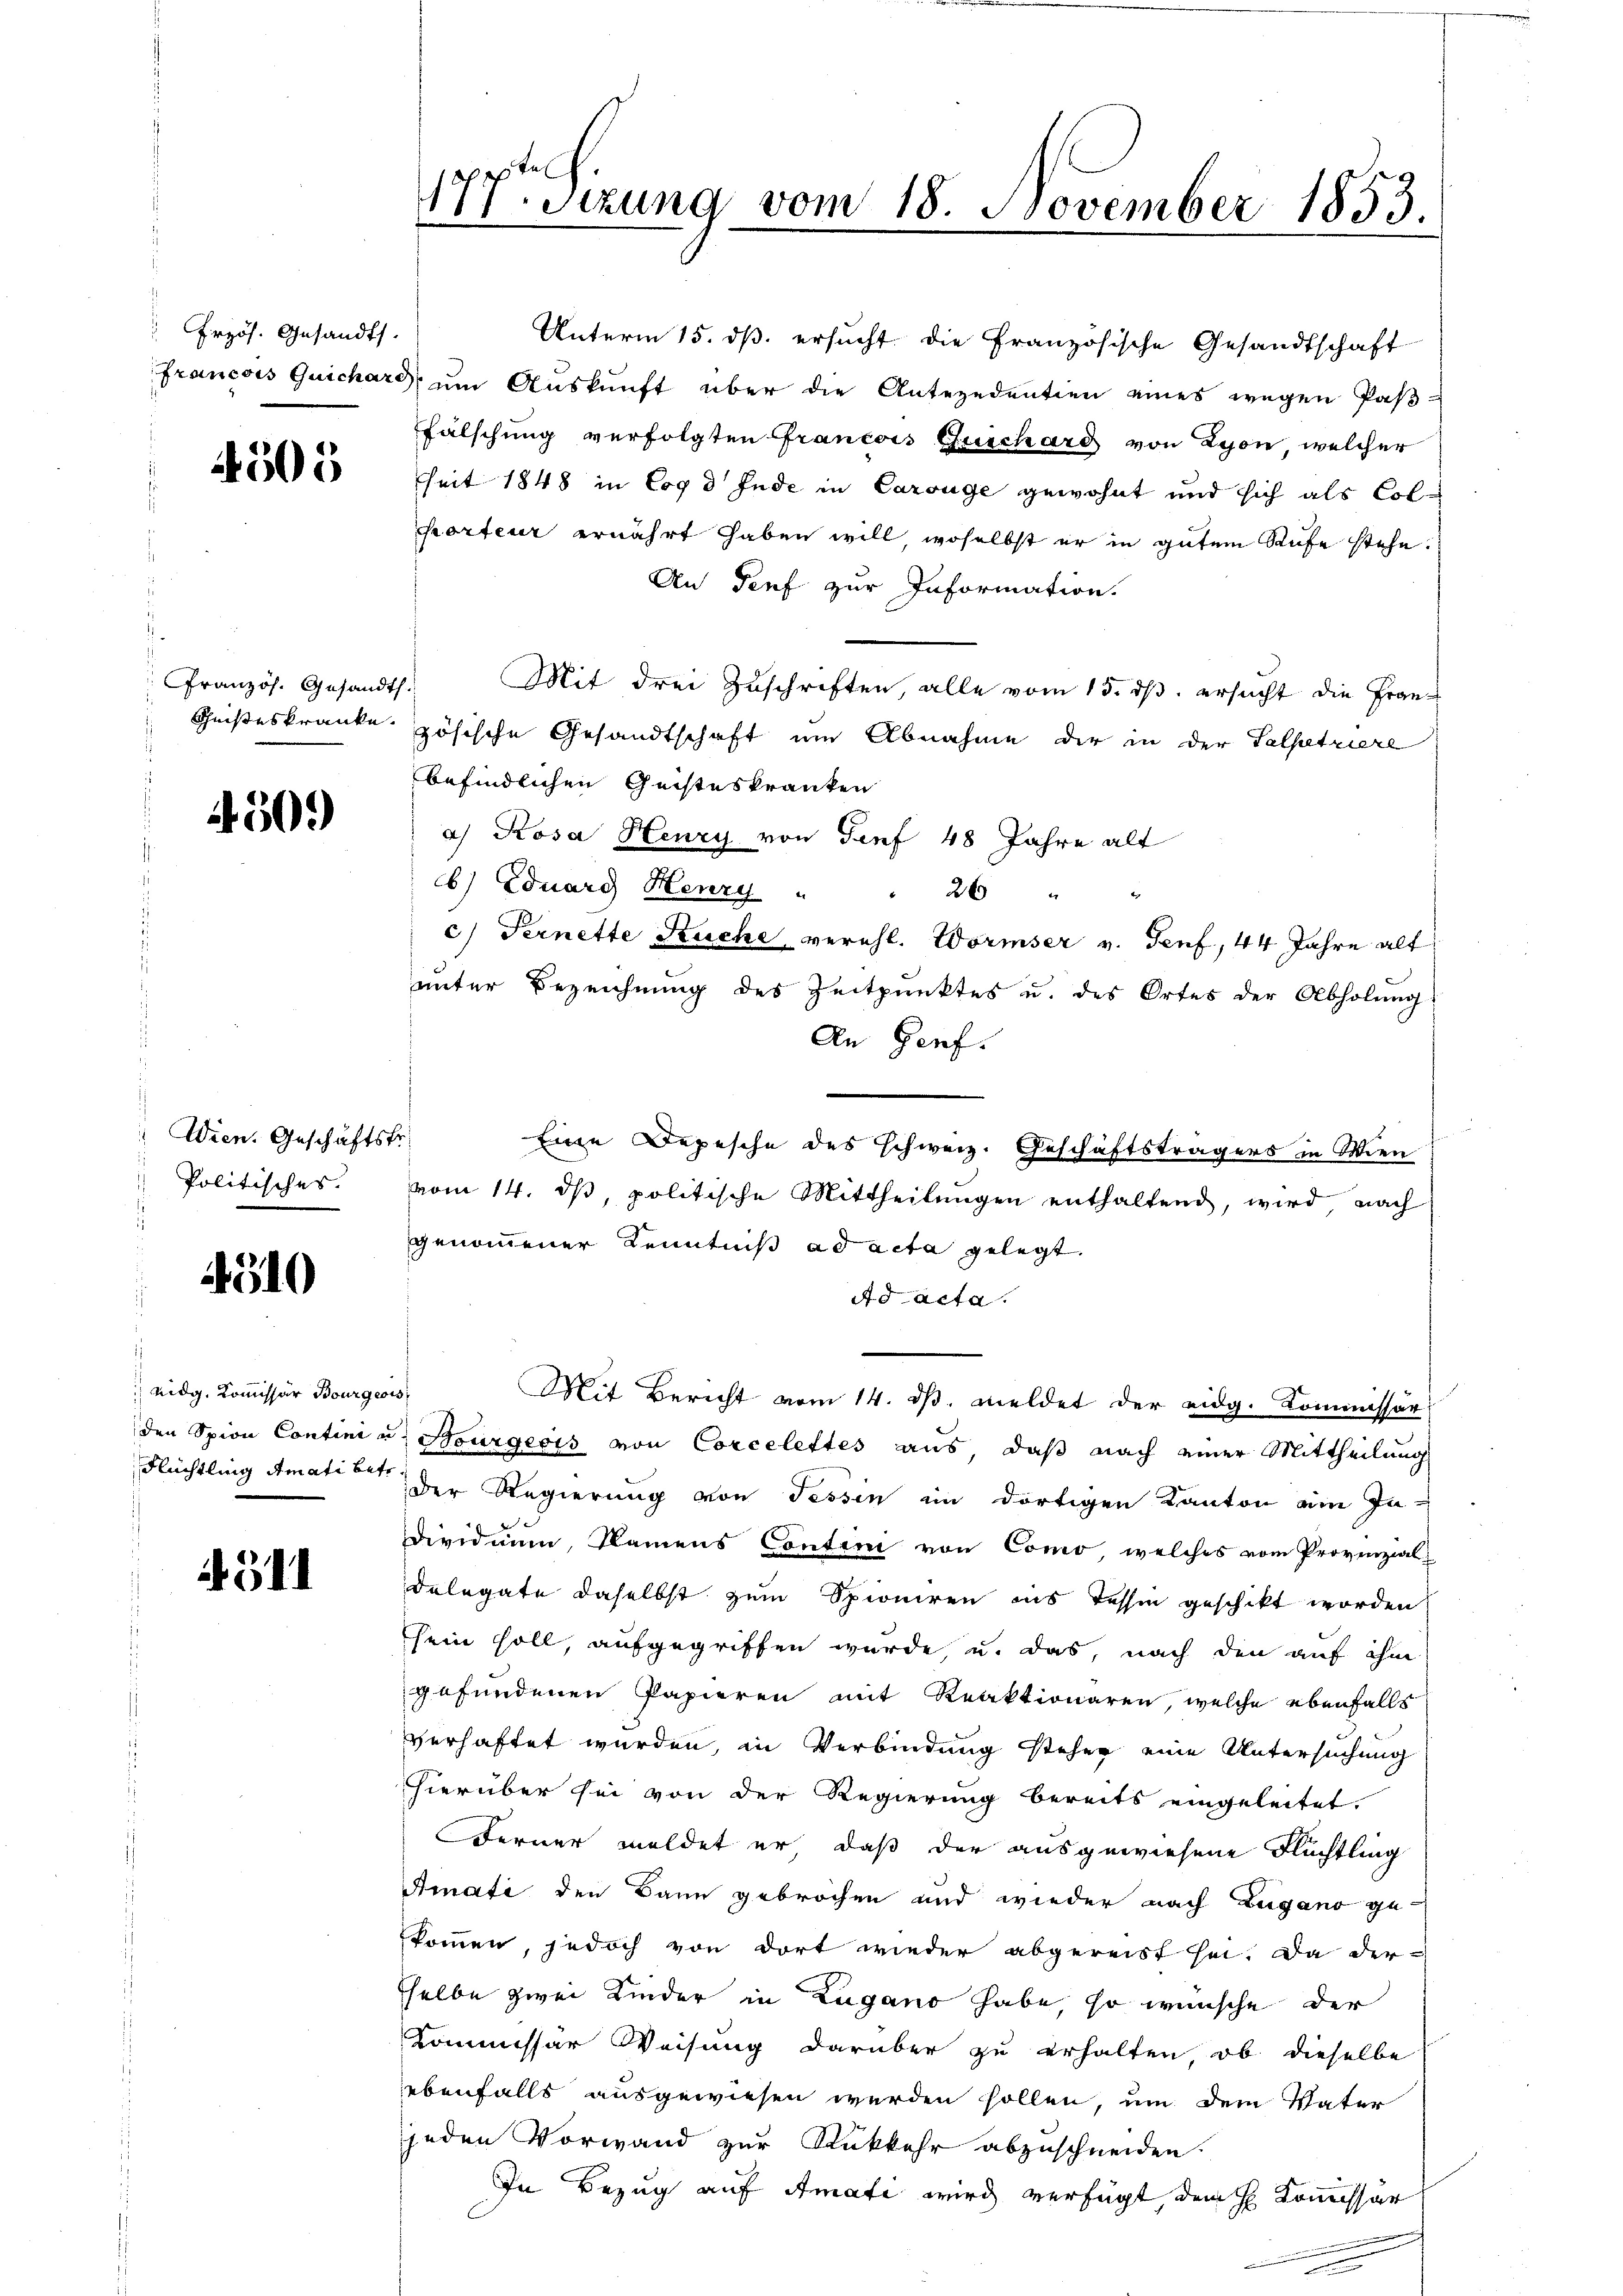
Frzös. Gesandts

4505

Französ. Gesandth.

250.

Wien. Geschäftstr
Politisches.

4510

nidg, Kommissär Bourgeois
Flüchtling Amati betr

4511

177. Sizung vom 18. November 1853

Unterm 15. ds. ersucht die Französische Gesandtschaft
francois Quichard ŭm Aŭskŭnft über die Antezedentien eines wegen Pas-
Fälschung verfolgten Francois Zuschard von Lyon, welcher
seit 1848 in Cog d Ende in Carouge gewohnt und sich als Colporteur ernährt haben will, woselbst er in gutem Rufe stehe.
An Genf zur Information.
Mit drei Zuschriften, alle vom 15. dβ. ersucht die Fran¬
Geisteskranke zösische Gesandtschaft um Abnahme der in der Salpetriere
befindlichen Geisteskranken
a) Rosa Henry von Senf 48 Jahre alt
b) Eduard Henry " " 26 "
c) Fernette Kuche verehl. Wormser v. Senf, 44 Jahre alt
unter Bezeichnung des Zeitpunktes u. des Ortes der Abholŭng
An Genf.
Eine Depesche des schweiz. Geschäftsträgers in Wien
vom 14. dβ, politische Mittheilungen enthaltend, wird nach
genommener Kenntniß ad acta gelegt.
Ad Acta.
Mit Bericht vom 14. ds. meldet der eidg. Kommissär
den Spion Contini u. Bourgeois von Corcelettes aus, daß nach einer Mittheilung
Der Regierung von Tessin im dortigen Kanton am In¬
Dividuum, Namens Contini von Como, welches vom Provinzial-
delegate daselbst zum Spioniren ins Tessin geschikt worden
sein soll, aufgegriffen wurde, u. das, nach den auf ihm
gefundenen Papieren mit Reaktionären, welche ebenfalls
verhaftet werden, in Verbindung stehen eine Untersuchung
hierüber sei von der Regierung bereits eingeleitet.
Ferner meldet er, daß der ausgewiesene Flüchtling
Amati den Bann gebrochen und wieder nach Lugano ge-
kommen, jedoch von dort wieder abgereist sei. Da der-
sselbe zwei Kinder in Zugano habe, so wünsche der
Kommissär Weisung darüber zu erhalten, ob dieselbe
ebenfalls ausgewiesen werden sollen, um dem Vater
jeden Vorwand zur Rückkehr abzuschneiden.
In Bezug auf Amati wird verfügt, dem H. Kommissär